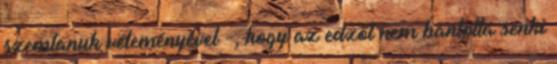
szemtanuk véleményével -, hogy az edzőt nem bántotta senki